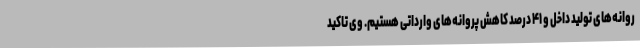
روانه‌های تولید داخل و ۴۱ درصد کاهش پروانه‌های وارداتی هستیم. وی تاکید